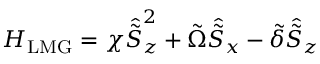
H _ { \mathrm { L M G } } = \chi \hat { \tilde { S } } _ { z } ^ { 2 } + \tilde { \Omega } \hat { \tilde { S } } _ { x } - \tilde { \delta } \hat { \tilde { S } } _ { z }